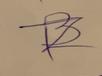
Signature authenticity: forged